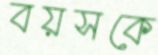
বয়সকে